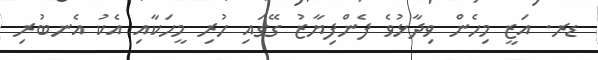
ޑރ. އަޒީ މިހެން ވިދާޅުވެ ފެންފިޔާޒު ގޭގައި ހުރި މީހަކާއި އެކު އެނބުރި